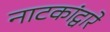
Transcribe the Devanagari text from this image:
नाटकांद्वारे